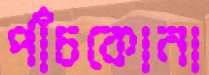
পাঁচকোনা